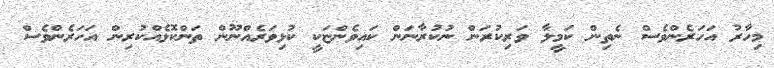
މިހާރު އަހަރެންވެސް ނެތިން ކަމީލާ ވަރިކުރަން ނުކުރާނަން ކައިވެންޏަކީ ކުޅިވަރެއްނޫން ތަންކޮޅެއްކުރިން އަހަރެންވެސް